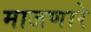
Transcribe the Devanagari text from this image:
माजणारे